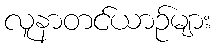
လူနာတင်ယာဉ်များ